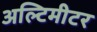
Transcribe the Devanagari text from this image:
अल्टिमीटर